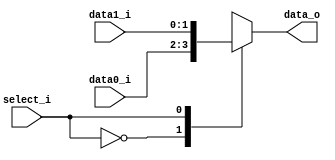

module MUX_2to1(
	data0_i,
	data1_i,
	select_i,
	data_o
);

parameter size = 0;

// I/O ports
input [size-1:0] data0_i, data1_i;
input select_i;
output reg [size-1:0] data_o;

// Main function
always @(select_i, data0_i, data1_i) begin
	case (select_i)
		1'b0: data_o <= data0_i;
		1'b1: data_o <= data1_i;
	endcase
end

endmodule